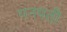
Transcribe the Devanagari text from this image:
गनपती